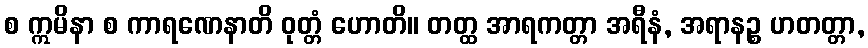
စ ဣမိနာ စ ကာရဏေနာတိ ဝုတ္တံ ဟောတိ။ တတ္ထ အာရကတ္တာ အရီနံ, အရာနဉ္စ ဟတတ္တာ,